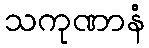
သကုဏာနံ